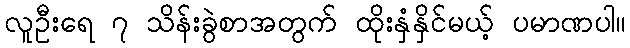
လူဦးရေ ၇ သိန်းခွဲစာအတွက် ထိုးနှံနှိင်မယ့် ပမာဏပါ။